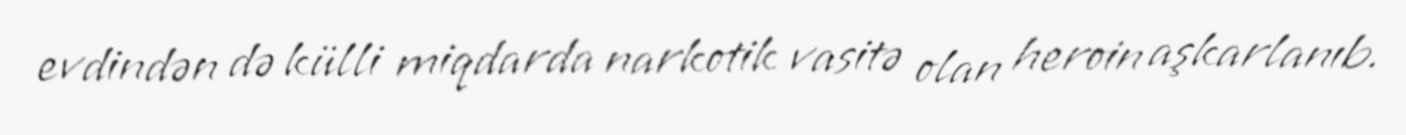
evdindən də külli miqdarda narkotik vasitə olan heroin aşkarlanıb.